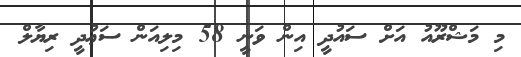
މި މަޝްރޫއު އަށް ސައުދީ އިން ވަނީ 58 މިލިއަން ސަޢުދީ ރިޔާލް